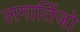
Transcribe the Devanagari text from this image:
लगार्तिजो